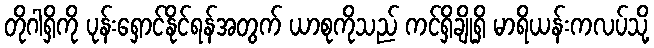
တိုဂါရှိကို ပုန်းရှောင်နိုင်ရန်အတွက် ယာစုကိုသည် ကင်ရှိချိုရှိ မာရိယန်းကလပ်သို့